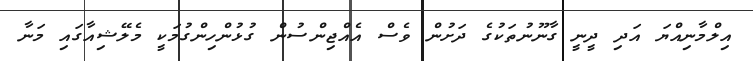
އިލްމާނިއްޔަ އަދި ދީނީ ގާނޫނުތަކުގެ ދަށުން ވެސް އެއްޖިންސުން ގުޅުންހިންގުމަކީ މެލޭޝިއާގައި މަނާ